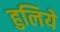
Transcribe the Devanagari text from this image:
हुलिये